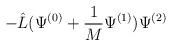
LaTeX: \begin{align*}- \hat{L} ( \Psi^{(0)} + \frac{1}{M} \Psi^{(1)} ) \Psi^{(2)}\end{align*}